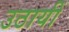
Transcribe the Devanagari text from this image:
उठायीं